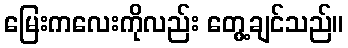
မြေးကလေးကိုလည်း တွေ့ချင်သည်။